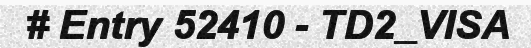
# Entry 52410 - TD2_VISA